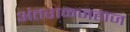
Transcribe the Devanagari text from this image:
अंतराळजहाज